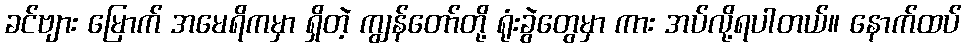
ခင်ဗျား မြောက် အမေရိကမှာ ရှိတဲ့ ကျွန်တော်တို့ ရုံးခွဲတွေမှာ ကား အပ်လို့ရပါတယ်။ နောက်ထပ်